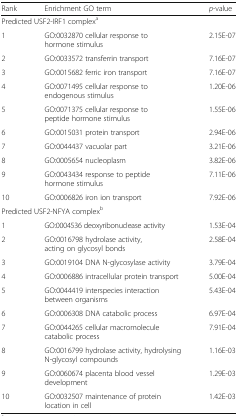
<table><thead><tr><td><b>Rank</b></td><td><b>Enrichment GO term</b></td><td><b><i>p</i>-value</b></td></tr></thead><tbody><tr><td colspan="3">Predicted USF2-IRF1 complex<sup>a</sup></td></tr><tr><td>1</td><td>GO:0032870 cellular response to hormone stimulus</td><td>2.15E-07</td></tr><tr><td>2</td><td>GO:0033572 transferrin transport</td><td>7.16E-07</td></tr><tr><td>3</td><td>GO:0015682 ferric iron transport</td><td>7.16E-07</td></tr><tr><td>4</td><td>GO:0071495 cellular response to endogenous stimulus</td><td>1.20E-06</td></tr><tr><td>5</td><td>GO:0071375 cellular response to peptide hormone stimulus</td><td>1.55E-06</td></tr><tr><td>6</td><td>GO:0015031 protein transport</td><td>2.94E-06</td></tr><tr><td>7</td><td>GO:0044437 vacuolar part</td><td>3.21E-06</td></tr><tr><td>8</td><td>GO:0005654 nucleoplasm</td><td>3.82E-06</td></tr><tr><td>9</td><td>GO:0043434 response to peptide hormone stimulus</td><td>7.11E-06</td></tr><tr><td>10</td><td>GO:0006826 iron ion transport</td><td>7.92E-06</td></tr><tr><td colspan="3">Predicted USF2-NFYA complex<sup>b</sup></td></tr><tr><td>1</td><td>GO:0004536 deoxyribonuclease activity</td><td>1.53E-04</td></tr><tr><td>2</td><td>GO:0016798 hydrolase activity, acting on glycosyl bonds</td><td>2.58E-04</td></tr><tr><td>3</td><td>GO:0019104 DNA N-glycosylase activity</td><td>3.79E-04</td></tr><tr><td>4</td><td>GO:0006886 intracellular protein transport</td><td>5.00E-04</td></tr><tr><td>5</td><td>GO:0044419 interspecies interaction between organisms</td><td>5.43E-04</td></tr><tr><td>6</td><td>GO:0006308 DNA catabolic process</td><td>6.97E-04</td></tr><tr><td>7</td><td>GO:0044265 cellular macromolecule catabolic process</td><td>7.91E-04</td></tr><tr><td>8</td><td>GO:0016799 hydrolase activity, hydrolysing N-glycosyl compounds</td><td>1.16E-03</td></tr><tr><td>9</td><td>GO:0060674 placenta blood vessel development</td><td>1.29E-03</td></tr><tr><td>10</td><td>GO:0032507 maintenance of protein location in cell</td><td>1.42E-03</td></tr></tbody></table>